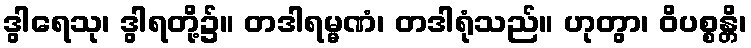
ဒွါရေသု၊ ဒွါရတို့၌။ တဒါရမ္မဏံ၊ တဒါရုံသည်။ ဟုတွာ၊ ဝိပစ္စန္တိ၊